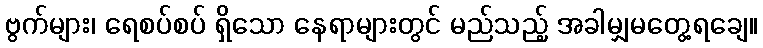
ဗွက်များ၊ ရေစပ်စပ် ရှိသော နေရာများတွင် မည်သည့် အခါမျှမတွေ့ရချေ။